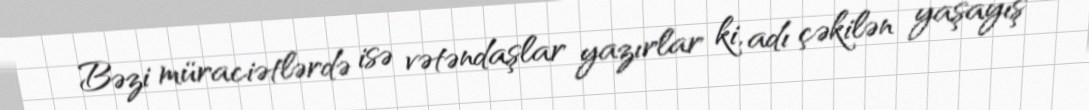
Bəzi müraciətlərdə isə vətəndaşlar yazırlar ki, adı çəkilən yaşayış